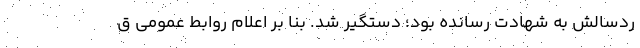
ردسالش به شهادت رسانده بود؛ دستگیر شد. بنا بر اعلام روابط عمومی ق